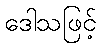
ဒေါသဖြင့်